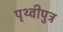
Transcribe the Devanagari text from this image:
पृथ्वीपुत्र